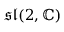
{ \mathfrak { s l } } ( 2 , \mathbb { C } )